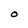
Character: o